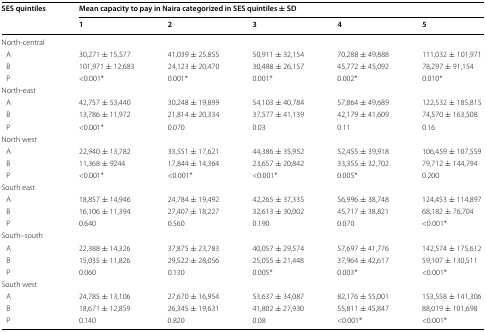
<table><thead><tr><td rowspan="2"><b>SES quintiles</b></td><td colspan="5"><b>Mean capacity to pay in Naira categorized in SES quintiles ± SD</b></td></tr><tr><td><b>1</b></td><td><b>2</b></td><td><b>3</b></td><td><b>4</b></td><td><b>5</b></td></tr></thead><tbody><tr><td colspan="6">North-central</td></tr><tr><td> A</td><td>30,271 ± 15,577</td><td>41,039 ± 25,855</td><td>50,911 ± 32,154</td><td>70,288 ± 49,888</td><td>111,032 ± 101,971</td></tr><tr><td> B</td><td>101,971 ± 12,683</td><td>24,123 ± 20,470</td><td>30,488 ± 26,157</td><td>45,772 ± 45,092</td><td>78,297 ± 91,154</td></tr><tr><td> P</td><td>&lt;0.001*</td><td>0.001*</td><td>0.001*</td><td>0.002*</td><td>0.010*</td></tr><tr><td colspan="6">North-east</td></tr><tr><td> A</td><td>42,757 ± 53,440</td><td>30,248 ± 19,899</td><td>54,103 ± 40,784</td><td>57,864 ± 49,689</td><td>122,532 ± 185,815</td></tr><tr><td> B</td><td>13,786 ± 11,972</td><td>21,814 ± 20,334</td><td>37,577 ± 41,139</td><td>42,179 ± 41,609</td><td>74,570 ± 163,508</td></tr><tr><td> P</td><td>&lt;0.001*</td><td>0.070</td><td>0.03</td><td>0.11</td><td>0.16</td></tr><tr><td colspan="6">North west</td></tr><tr><td> A</td><td>22,940 ± 13,782</td><td>33,551 ± 17,621</td><td>44,386 ± 35,952</td><td>52,455 ± 39,918</td><td>106,459 ± 107,559</td></tr><tr><td> B</td><td>11,368 ± 9244</td><td>17,844 ± 14,364</td><td>23,657 ± 20,842</td><td>33,355 ± 32,702</td><td>79,712 ± 144,794</td></tr><tr><td> P</td><td>&lt;0.001*</td><td>&lt;0.001*</td><td>&lt;0.001*</td><td>0.005*</td><td>0.200</td></tr><tr><td colspan="6">South east</td></tr><tr><td> A</td><td>18,857 ± 14,946</td><td>24,784 ± 19,492</td><td>42,265 ± 37,335</td><td>56,996 ± 38,748</td><td>124,453 ± 114,897</td></tr><tr><td> B</td><td>16,106 ± 11,394</td><td>27,407 ± 18,227</td><td>32,613 ± 30,002</td><td>45,717 ± 38,821</td><td>68,182 ± 76,704</td></tr><tr><td> P</td><td>0.640</td><td>0.560</td><td>0.190</td><td>0.070</td><td>&lt;0.001*</td></tr><tr><td colspan="6">South–south</td></tr><tr><td> A</td><td>22,388 ± 14,326</td><td>37,875 ± 23,783</td><td>40,057 ± 29,574</td><td>57,697 ± 41,776</td><td>142,574 ± 175,612</td></tr><tr><td> B</td><td>15,035 ± 11,826</td><td>29,522 ± 28,056</td><td>25,055 ± 21,448</td><td>37,964 ± 42,617</td><td>59,107 ± 130,511</td></tr><tr><td> P</td><td>0.060</td><td>0.130</td><td>0.005*</td><td>0.003*</td><td>&lt;0.001*</td></tr><tr><td colspan="6">South west</td></tr><tr><td> A</td><td>24,785 ± 13,106</td><td>27,670 ± 16,954</td><td>53,637 ± 34,087</td><td>82,176 ± 55,001</td><td>153,558 ± 141,306</td></tr><tr><td> B</td><td>18,671 ± 12,859</td><td>26,345 ± 19,631</td><td>41,802 ± 27,930</td><td>55,811 ± 45,847</td><td>88,019 ± 101,698</td></tr><tr><td> P</td><td>0.140</td><td>0.820</td><td>0.08</td><td>&lt;0.001*</td><td>&lt;0.001*</td></tr></tbody></table>